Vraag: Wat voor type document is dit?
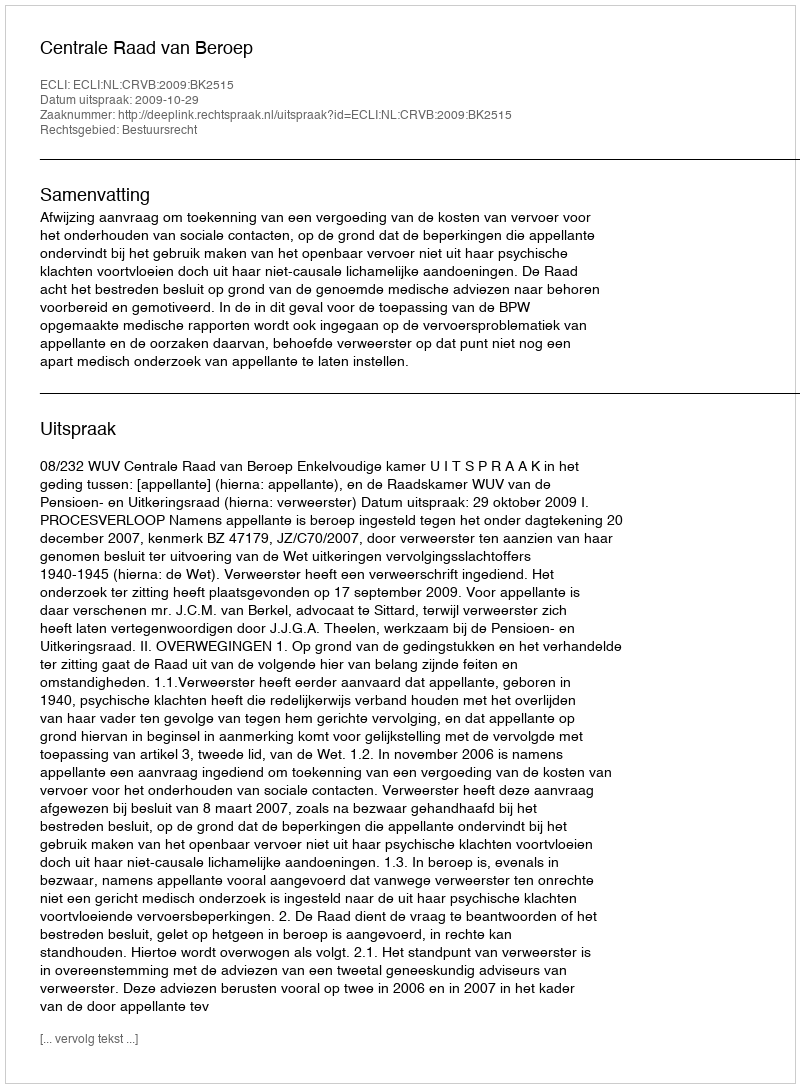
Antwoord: Uitspraak